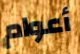
أعوام